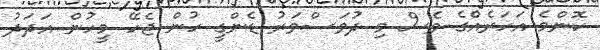
ކޮންމެ އަހަރެއްެގެ ވެސް މި ދުވަސްވަރު ޑެންގީ ހުން ޖެހޭ މީހުން އަދަދު